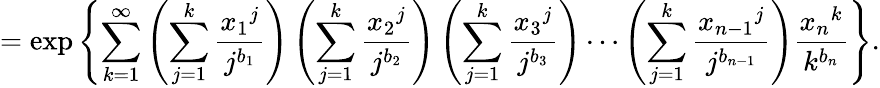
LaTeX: =\exp\left\{ \sum_{k=1}^{\infty}\left(\sum_{j=1}^{k}\frac{{x_{1}}^{j}}{j^{b_{1}}}\right)\left(\sum_{j=1}^{k}\frac{{x_{2}}^{j}}{j^{b_{2}}}\right)\left(\sum_{j=1}^{k}\frac{{x_{3}}^{j}}{j^{b_{3}}}\right)\cdots\left(\sum_{j=1}^{k}\frac{{x_{n-1}}^{j}}{j^{b_{n-1}}}\right)\frac{{x_{n}}^{k}}{k^{b_{n}}}\right\} .